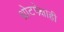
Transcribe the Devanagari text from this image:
थ्रोटपेक्षाही